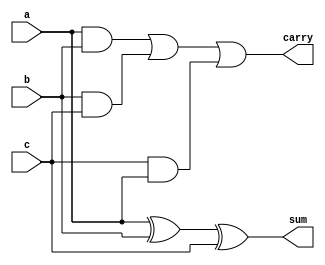
module ones_counter_3bit_using_fa(input [2:0]a,input [2:0]b,input c,output reg [2:0]sum,output reg [2:0]carry);

	always@(*)
		begin
			carry = ((a&b) | (b&c) | (c&a));
			sum = a^b^c;
		end
endmodule